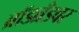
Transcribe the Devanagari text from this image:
ब्रॉडब्रँडवर